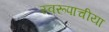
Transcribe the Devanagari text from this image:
स्वरूपाचीया